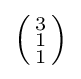
\left({\begin{smallmatrix}3\\1\\1\end{smallmatrix}}\right)